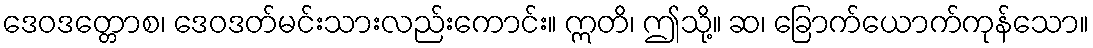
ဒေဝဒတ္တောစ၊ ဒေဝဒတ်မင်းသားလည်းကောင်း။ ဣတိ၊ ဤသို့။ ဆ၊ ခြောက်ယောက်ကုန်သော။